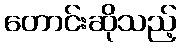
တောင်းဆိုသည့်